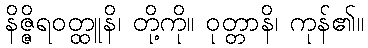
နိဇ္ဇိရဝတ္ထူနိ၊ တို့ကို။ ဝုတ္တာနိ၊ ကုန်၏။